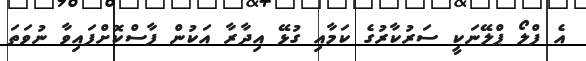
އެ ފްލޯ ޕްލޭނަކީ ސަރުކާރުގެ ކަމާއި ގުޅޭ އިދާރާ އަކުން ފާސްކޮށްފައިވާ ނުވަތަ